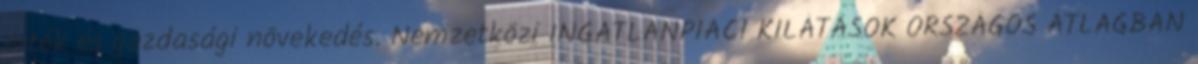
érték és gazdasági növekedés. Nemzetközi INGATLANPIACI KILÁTÁSOK ORSZÁGOS ÁTLAGBAN